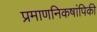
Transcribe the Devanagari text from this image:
प्रमाणनिकषांपिकी